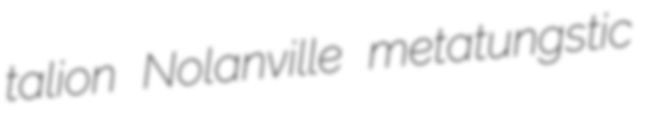
talion Nolanville metatungstic